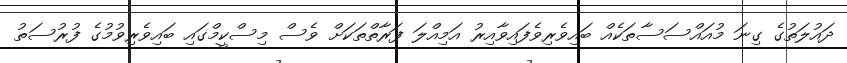
ދައުލަތުގެ ގިނަ މުއައްސަސާތަކެއް ބައިވެރިވެފައިވާއިރު އަމިއްލަ ފަރާތްތަކަށް ވެސް މިސްކީމްގައި ބައިވެރިވުމުގެ ފުރުސަތު